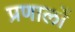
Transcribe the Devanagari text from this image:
प्रणालों